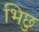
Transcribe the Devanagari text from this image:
भिछु